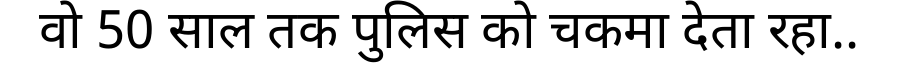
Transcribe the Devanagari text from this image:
वो 50 साल तक पुलिस को चकमा देता रहा..